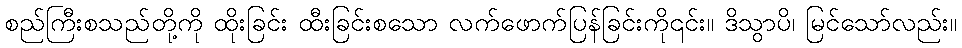
စည်ကြီးစသည်တို့ကို ထိုးခြင်း ထီးခြင်းစသော လက်ဖောက်ပြန်ခြင်းကို၎င်း။ ဒိသွာပိ၊ မြင်သော်လည်း။